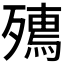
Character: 𭮟